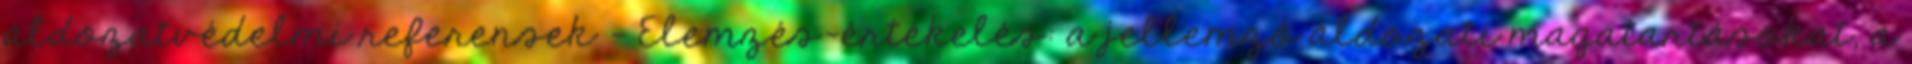
áldozatvédelmi referensek - Elemzés-értékelés: a jellemző áldozati magatartásokat, a